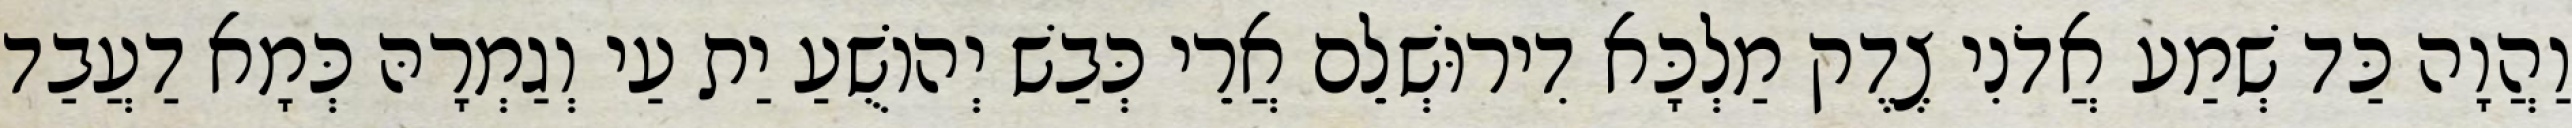
וַהֲוָה כַּד שְׁמַע אֲדֹנִי צֶדֶק מַלְכָּא דִירוּשְׁלֵם אֲרֵי כְּבַשׁ יְהוֹשֻׁעַ יַת עַי וְגַמְרָהּ כְּמָא דַעֲבַד